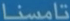
تامسنا